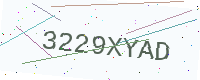
Text: 3229XYAD